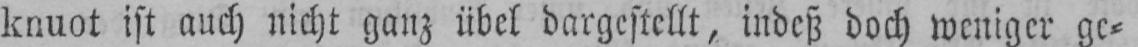
knuot ist auch nicht ganz übel dargestellt, indeß doch weniger ge⸗